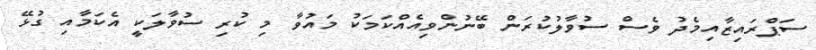
ސަޕްރައިޒާއިމެދު ވެސް ސުވާލުކުރަން ބޭނުންވިއެއްކަމަކު މައުވާ މި ކުރި ސުވާލަކީ އެކަމާއި ގުޅޭ